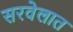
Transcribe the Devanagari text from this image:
सरवेलात